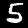
Label: 5